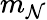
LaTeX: m_{\mathcal{N}}